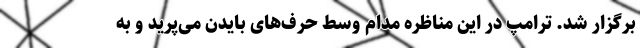
برگزار شد. ترامپ در این مناظره مدام وسط حرف‌های بایدن می‌پرید و به